system: You are a helpful assistant.
user:
Analyze the provided spectrum to determine if it is a **M-type Giant (gM)**.

A M-type Giant spectrum is defined by its **strong molecular absorption** features, particularly from **Titanium Oxide (TiO)**. You must check for one of the following mutually exclusive signatures:

- **Key Visual Indicators (Absorption-Dominated Spectrum):**

    - **(Primary):** The spectrum is dominated by strong molecular absorption from **Titanium Oxide (TiO)**. This is the **defining feature** of its M-type temperature class.
        - **(Key Bandheads):** Look for sharp, "saw-tooth" absorption valleys. The strongest are located near **~7050 Å**, **~6160 Å**, and **~5170 Å**.
        - **(Line Profile):** The "saw-tooth" morphology is critical: a **sharp, steep drop on the BLUE (short-wavelength) side** of the bandhead, followed by a gradual recovery (rising flux) towards the RED (long-wavelength) side.

    - **(Key Confirmation - Giant vs. Dwarf):** **ABSENCE** of strong **Calcium Hydride (CaH)** molecular bands. This is the primary diagnostic for *excluding* M-dwarfs.
        - **(Key Region):** The spectrum should lack the strong, broad absorption band seen in dwarfs between **~6800 Å and ~7000 Å**.

    - **(Secondary Confirmation - Giant):** A very strong and broad **Neutral Calcium (Ca I)** atomic absorption line.
        - **(Key Line):** Located at **~4226 Å**. In a giant (gM), this line is significantly deeper and broader than the same line in an M-dwarf (dM) due to low surface gravity.

    - **(Overall Spectrum):**
        - The continuum is **extremely red-sloping** (i.e., flux is very low in the blue and rises dramatically towards the red).
        - The entire spectrum appears "chopped up" by the deep TiO bands.

Think first, call **spectral_visualization_tool** if needed to examine features in detail, then provide your final answer. Your response must adhere to the following strict rules:
1.  **Overall Structure:** Your response must follow the format `<think>...</think> <tool_call>...</tool_call> (if a tool is used) <answer>...</answer>`.
2.  **Tool Usage Constraint:** You may only make **one** tool call per turn.
3.  **Final Answer Format:** In the `<answer>` tag, your conclusion must be inside a `\boxed{}` command (e.g., `\boxed{YES}` or `\boxed{NO}`), followed by your justification.

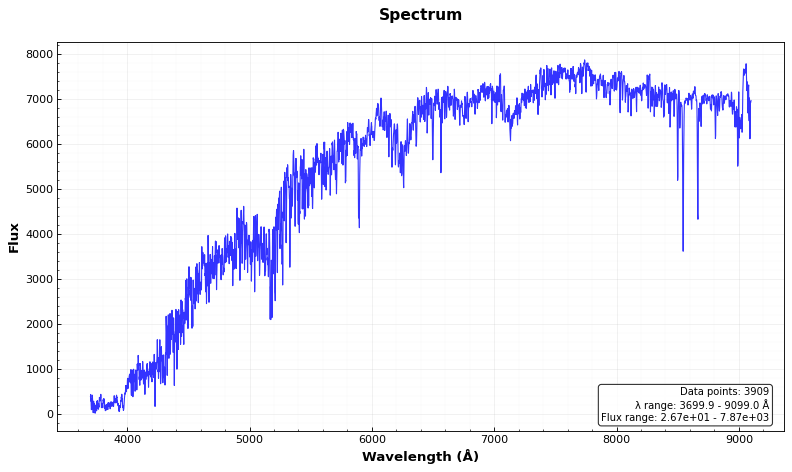
Answer: YES